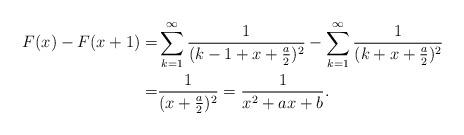
LaTeX: \begin{align*}F(x)-F(x+1)=&\sum_{k=1}^{\infty}\frac{1}{(k-1+x+\frac{a}{2})^2}-\sum_{k=1}^{\infty}\frac{1}{(k+x+\frac{a}{2})^2}\\=&\frac{1}{(x+\frac a2)^2}=\frac{1}{x^2+a x+b}.\end{align*}